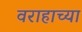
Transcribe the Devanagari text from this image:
वराहाच्या